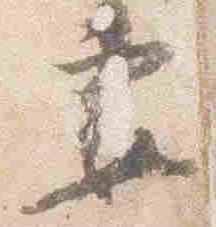
妻